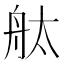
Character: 舦